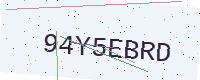
Text: 94Y5EBRD